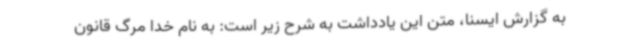
به گزارش ایسنا، متن این یادداشت به شرح زیر است: به نام خدا مرگ قانون